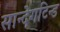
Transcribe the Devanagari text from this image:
सान्देगटिन्ड